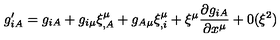
g _ { i A } ^ { \prime } = g _ { i A } + g _ { i \mu } \xi _ { , A } ^ { \mu } + g _ { A \mu } \xi _ { , i } ^ { \mu } + \xi ^ { \mu } \frac { \partial g _ { i A } } { \partial x ^ { \mu } } + 0 ( \xi ^ { 2 } )